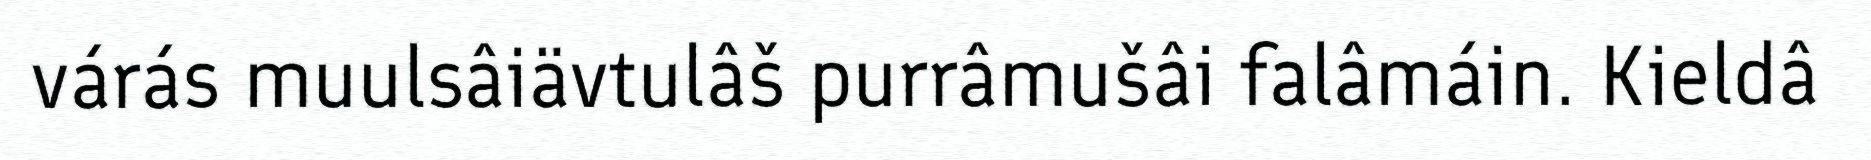
várás muulsâiävtulâš purrâmušâi falâmáin. Kieldâ